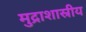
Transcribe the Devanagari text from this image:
मुद्राशास्रीय